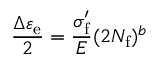
{ \frac { \Delta \varepsilon _ { \mathrm { e } } } { 2 } } = { \frac { \sigma _ { \mathrm { f } } ^ { \prime } } { E } } ( 2 N _ { \mathrm { f } } ) ^ { b }